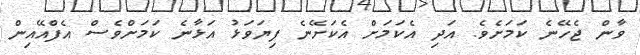
ވާން ޖެހޭނެ ކަމަށެވެ. އަދި އެކަމަށް އެކަށޭނެ ފިޔަވަޅު އަޅާނެ ކަމަށްވެސް އެފްއޭއިން